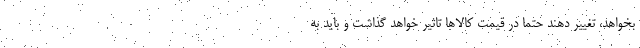
بخواهد، تغییر دهند حتما در قیمت کالاها تاثیر خواهد گذاشت و باید به